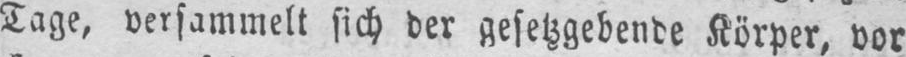
Tage, versammelt sich der gesetzgebende Körper, vor